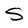
Character: S